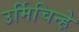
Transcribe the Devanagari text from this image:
उर्मिचिन्हे